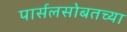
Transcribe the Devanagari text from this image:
पार्सलसोबतच्या